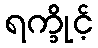
ရက္ခိုင့်